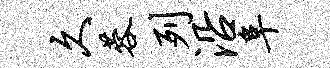
久蓉列沿阜